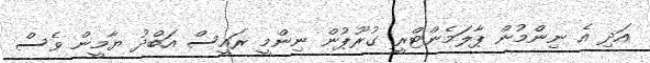
އަދި އެ ނިންމުން ޕާލަމެންޓްރީ ގުރޫޕުން ނިންމީ ރައީސް އަބްދު ޔާމީން ވެސް